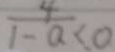
\frac { 4 } { 1 - a } < 0